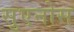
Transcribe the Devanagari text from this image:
सुएनोस